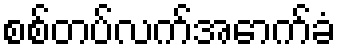
စစ်တပ်လက်အောက်ခံ